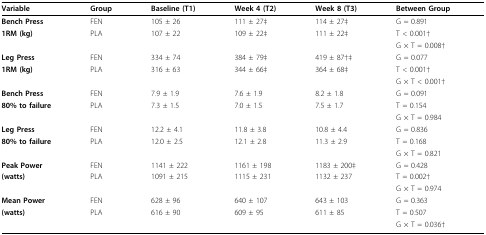
| Variable | Group | Baseline (T1) | Week 4 (T2) | Week 8 (T3) | Between Group |
 | --- | --- | --- | --- | --- | --- |
 | Bench Press | FEN | 105 ± 26 | 111 ± 27‡ | 114 ± 27‡ | G = 0.891 |
 | 1RM (kg) | PLA | 107 ± 22 | 109 ± 22‡ | 111 ± 22‡ | T < 0.001† |
 |  |  |  |  |  | G × T = 0.008† |
 | Leg Press | FEN | 334 ± 74 | 384 ± 79‡ | 419 ± 87†‡ | G = 0.077 |
 | 1RM (kg) | PLA | 316 ± 63 | 344 ± 66‡ | 364 ± 68‡ | T < 0.001† |
 |  |  |  |  |  | G × T < 0.001† |
 | Bench Press | FEN | 7.9 ± 1.9 | 7.6 ± 1.9 | 8.2 ± 1.8 | G = 0.091 |
 | 80% to failure | PLA | 7.3 ± 1.5 | 7.0 ± 1.5 | 7.5 ± 1.7 | T = 0.154 |
 |  |  |  |  |  | G × T = 0.984 |
 | Leg Press | FEN | 12.2 ± 4.1 | 11.8 ± 3.8 | 10.8 ± 4.4 | G = 0.836 |
 | 80% to failure | PLA | 12.0 ± 2.5 | 12.1 ± 2.8 | 11.3 ± 2.9 | T = 0.168 |
 |  |  |  |  |  | G × T = 0.821 |
 | Peak Power | FEN | 1141 ± 222 | 1161 ± 198 | 1183 ± 200‡ | G = 0.428 |
 | (watts) | PLA | 1091 ± 215 | 1115 ± 231 | 1132 ± 237 | T = 0.002† |
 |  |  |  |  |  | G × T = 0.974 |
 | Mean Power | FEN | 628 ± 96 | 640 ± 107 | 643 ± 103 | G = 0.363 |
 | (watts) | PLA | 616 ± 90 | 609 ± 95 | 611 ± 85 | T = 0.507 |
 |  |  |  |  |  | G × T = 0.036† |